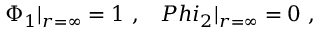
\Phi _ { 1 } | _ { r = \infty } = 1 \ , \ \ \, P h i _ { 2 } | _ { r = \infty } = 0 \ ,